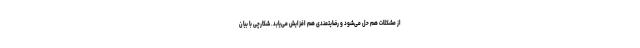
از مشکلات هم حل می‌شود و رضایتمندی هم افزایش می‌یابد. شکارچی با بیان